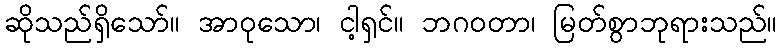
ဆိုသည်ရှိသော်။ အာဝုသော၊ ငါ့ရှင်။ ဘဂဝတာ၊ မြတ်စွာဘုရားသည်။